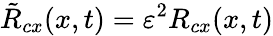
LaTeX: \tilde{R}_{cx}(x,t)=\varepsilon^{2}R_{cx}(x,t)